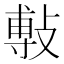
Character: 𭤅